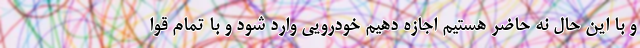
و با این حال نه حاضر هستیم اجازه دهیم خودرویی وارد شود و با تمام قوا